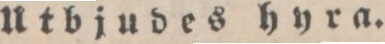
Utbjudes hyra.